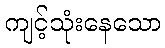
ကျင့်သုံးနေသော